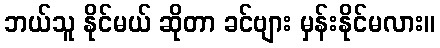
ဘယ်သူ နိုင်မယ် ဆိုတာ ခင်ဗျား မှန်းနိုင်မလား။